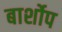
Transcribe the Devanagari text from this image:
बार्शोप